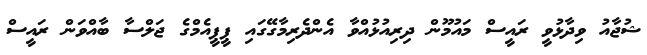
ޝުޖާއު ވިދާޅުވީ ރައީސް މައުމޫން ދިރިއުޅުއްވާ އެންދެރިމާގޭގައި ޕީޕީއެމްގެ ޖަލްސާ ބާއްވަން ރައީސް